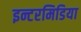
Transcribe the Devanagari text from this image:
इन्टरमिडिया